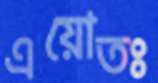
এয়োতঃ